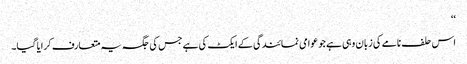
‘‘
اس حلف نامے کی زبان وہی ہے جو عوامی نمائندگی کے ایکٹ کی ہے جس کی جگہ یہ متعارف کرایا گیا۔